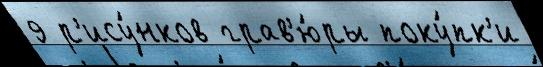
9 р'ису́нков грав'ю́ры поку́пк'и